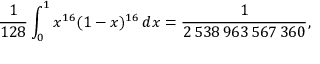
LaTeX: { \frac { 1 } { 1 2 8 } } \int _ { 0 } ^ { 1 } x ^ { 1 6 } ( 1 - x ) ^ { 1 6 } \, d x = { \frac { 1 } { 2 \, 5 3 8 \, 9 6 3 \, 5 6 7 \, 3 6 0 } } ,